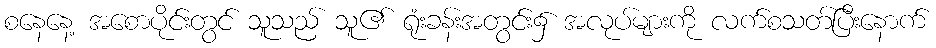
စနေနေ့ အစောပိုင်းတွင် သူသည် သူ၏ ရုံးခန်းအတွင်း၌ အလုပ်များကို လက်စသတ်ပြီးနောက်